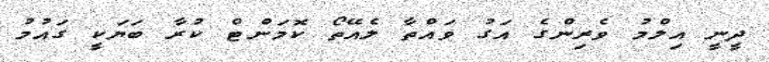
ދީނީ އިލްމު ވެރިންގެ އަގު ވައްތާ ލެއޭތޯ ކޮމަންޓް ކުރާ ބަޔަކީ ގައުމު